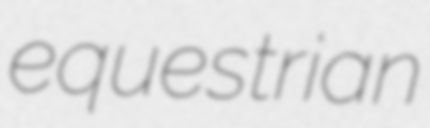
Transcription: equestrian